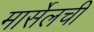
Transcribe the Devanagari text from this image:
मार्सेलची